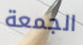
الجمعة